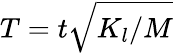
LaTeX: T=t\sqrt{K_{l}/M}